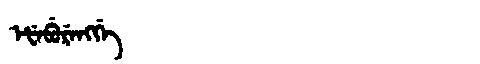
Manchu: ᡝᡶᡝᠪᡠᡵᡝᠩᡤᡝ
Romanization: EFEBURENGGE